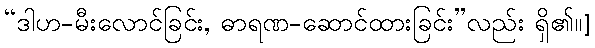
“ဒါဟ-မီးလောင်ခြင်း, ဓာရဏ-ဆောင်ထားခြင်း”လည်း ရှိ၏။]